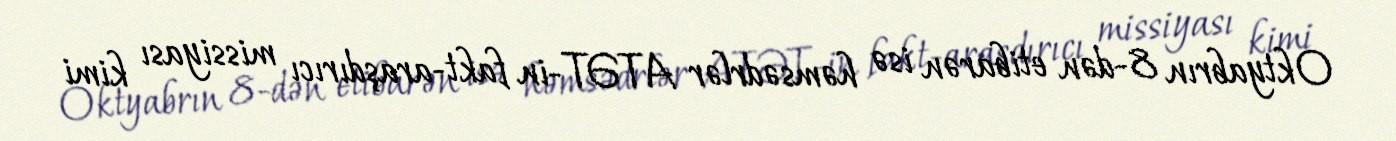
Oktyabrın 8-dən etibarən isə həmsədrlər ATƏT-in fakt-araşdırıcı missiyası kimi